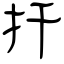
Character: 扞